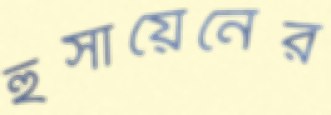
হুসায়েনের